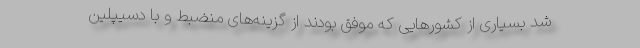
شد بسیاری از کشورهایی که موفق بودند از گزینه‌های منضبط و با دسیپلین